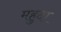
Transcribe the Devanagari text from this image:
महुदा